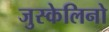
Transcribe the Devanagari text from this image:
जुस्केलिनो